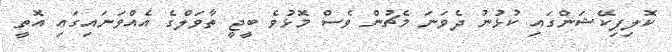
ކޮލިފިކޭޝަންގައި ކުޅުނު ދެވަނަ މެޗުން ވެސް މޮޅުވެ ބީޖީ ތާވަލްގެ އެއްވަނައިގައި އޮތީ